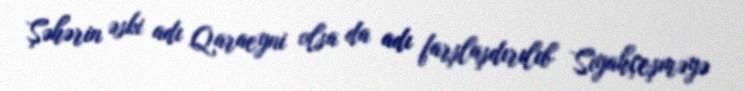
Şəhərin əski adı Qaraeyni olsa da adı farşlaşdırılıb Siyahçeşməyə